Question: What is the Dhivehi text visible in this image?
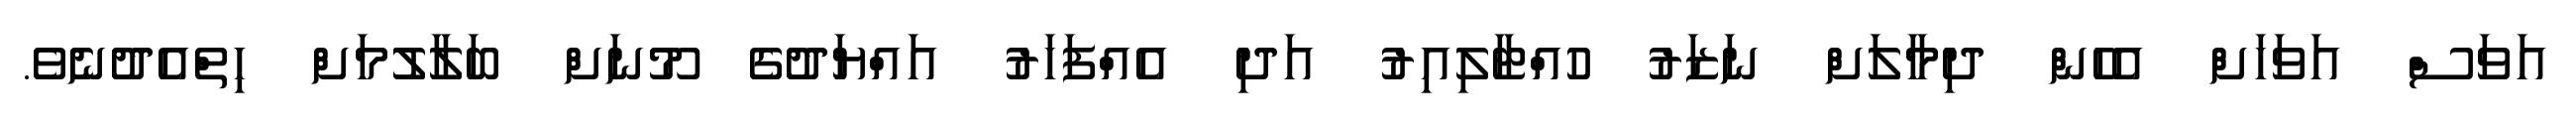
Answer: އަވަސް އަވަހަށް އެހެން ދިމާލަށް ނަޒަރު ހުއްޓާލިއިރު އަދި އެއްފަހަރު އައްޔަދުގެ މޫނަށް ބަލާލުމަށް ހިތްއެދުނެވެ.